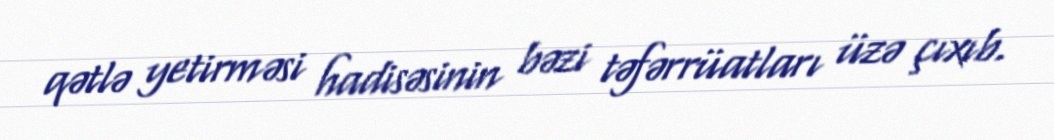
qətlə yetirməsi hadisəsinin bəzi təfərrüatları üzə çıxıb.